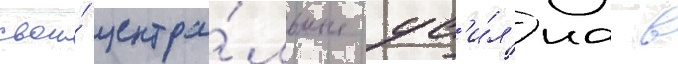
свои́ центра́льные ус'и́л'иа в